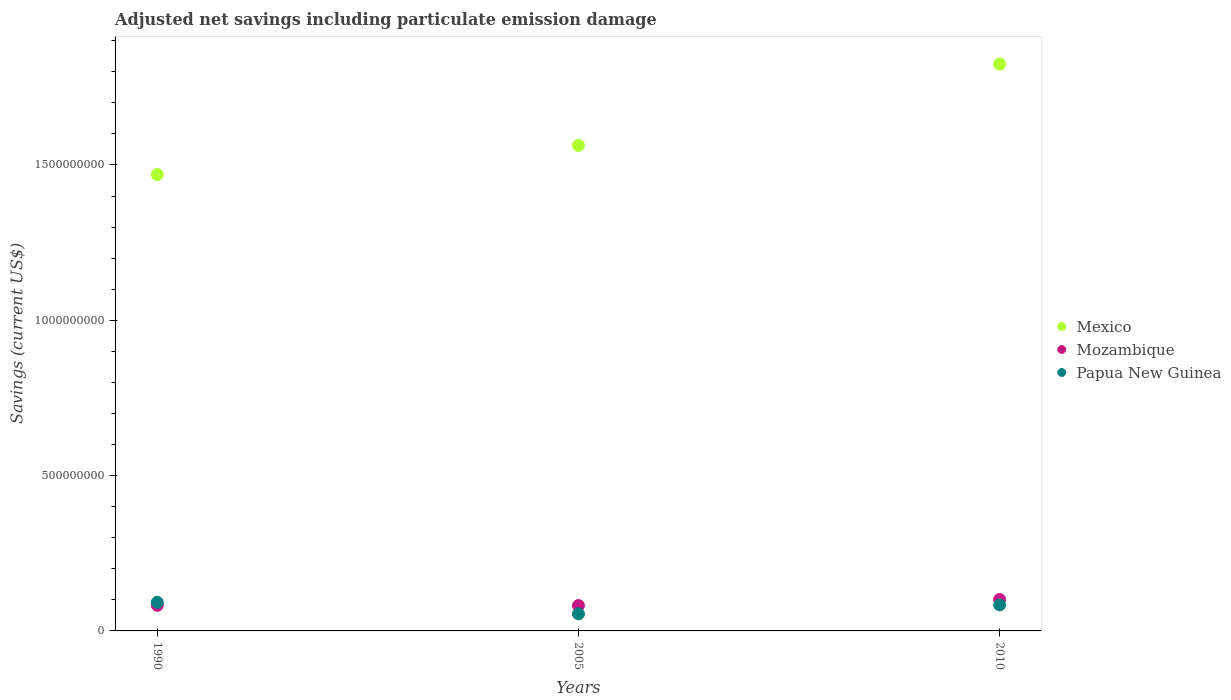
| Years | Mexico | Mozambique | Papua New Guinea |
 | --- | --- | --- | --- |
 | 1990 | 1.47e+09 | 8.24e+07 | 9.2e+07 |
 | 2005 | 1.56e+09 | 8.17e+07 | 5.5e+07 |
 | 2010 | 1.82e+09 | 1.01e+08 | 8.39e+07 |